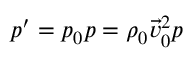
p ^ { \prime } = p _ { 0 } p = \rho _ { 0 } \vec { v } _ { 0 } ^ { 2 } p